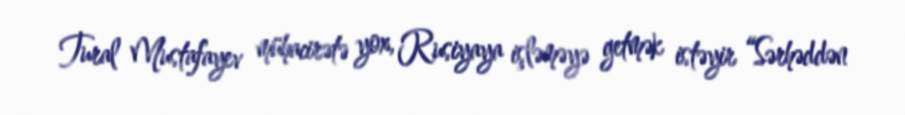
Tural Mustafayev mühacirətə yox, Rusiyaya işləməyə getmək istəyir “Sərhəddən